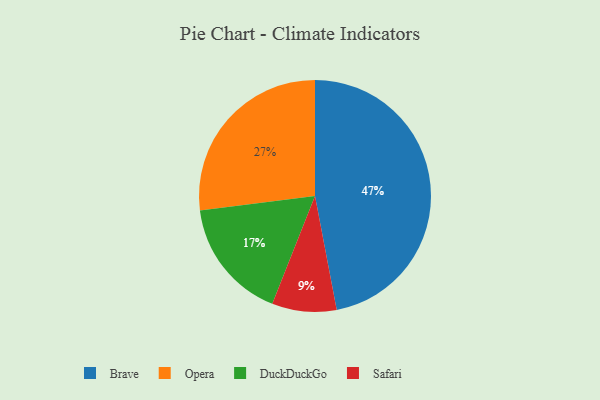
{"axis": {"x": "Category", "y": "Percentage"}, "legend": ["Brave", "DuckDuckGo", "Opera", "Safari"], "data": [{"x": "Opera", "y": 27, "type": "Opera"}, {"x": "Brave", "y": 47, "type": "Brave"}, {"x": "DuckDuckGo", "y": 17, "type": "DuckDuckGo"}, {"x": "Safari", "y": 9, "type": "Safari"}]}